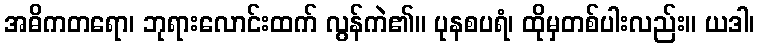
အဓိကတရော၊ ဘုရားလောင်းထက် လွန်ကဲ၏။ ပုနစပရံ၊ ထိုမှတစ်ပါးလည်း။ ယဒါ၊